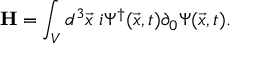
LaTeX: { \bf H } = \int _ { V } d ^ { 3 } { \vec { x } } \; i \Psi ^ { \dag } ( \vec { x } , t ) \partial _ { 0 } \Psi ( \vec { x } , t ) .